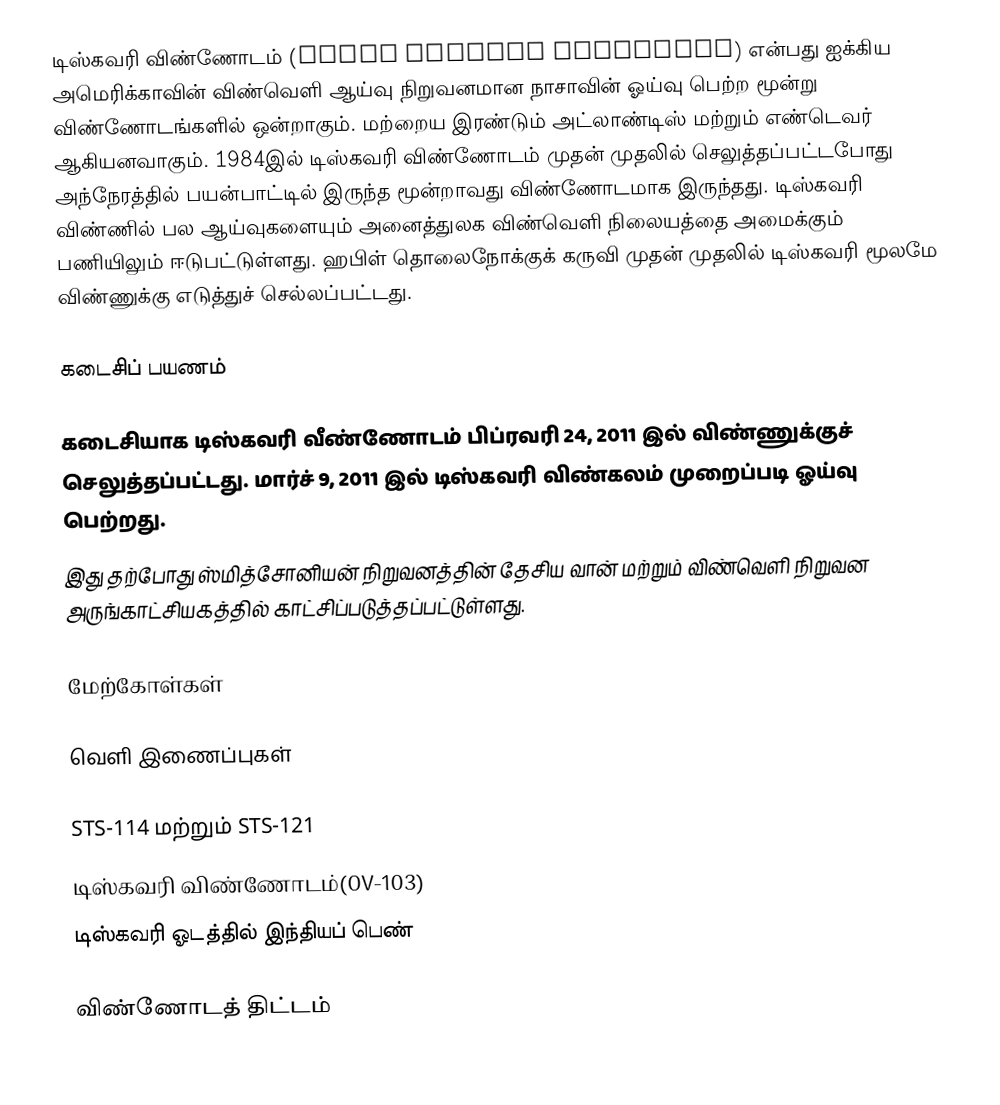
டிஸ்கவரி விண்ணோடம் (Space Shuttle Discovery) என்பது ஐக்கிய அமெரிக்காவின் விண்வெளி ஆய்வு நிறுவனமான நாசாவின் ஓய்வு பெற்ற மூன்று விண்ணோடங்களில் ஒன்றாகும். மற்றைய இரண்டும் அட்லாண்டிஸ் மற்றும் எண்டெவர் ஆகியனவாகும். 1984இல் டிஸ்கவரி விண்ணோடம் முதன் முதலில் செலுத்தப்பட்டபோது அந்நேரத்தில் பயன்பாட்டில் இருந்த மூன்றாவது விண்ணோடமாக இருந்தது. டிஸ்கவரி விண்ணில் பல ஆய்வுகளையும் அனைத்துலக விண்வெளி நிலையத்தை அமைக்கும் பணியிலும் ஈடுபட்டுள்ளது. ஹபிள் தொலைநோக்குக் கருவி முதன் முதலில் டிஸ்கவரி மூலமே விண்ணுக்கு எடுத்துச் செல்லப்பட்டது.

கடைசிப் பயணம்

கடைசியாக டிஸ்கவரி வீண்ணோடம் பிப்ரவரி 24, 2011 இல் விண்ணுக்குச் செலுத்தப்பட்டது. மார்ச் 9, 2011 இல் டிஸ்கவரி விண்கலம் முறைப்படி ஓய்வு பெற்றது.
இது தற்போது ஸ்மித்‌சோனியன் நிறுவனத்தின் தேசிய வான் மற்றும் விண்வெளி நிறுவன அருங்காட்சியகத்தில் காட்சிப்படுத்தப்பட்டுள்ளது.

மேற்கோள்கள்

வெளி இணைப்புகள்

 STS-114 மற்றும் STS-121
 டிஸ்கவரி விண்ணோடம்(OV-103)
 டிஸ்கவரி ஓடத்தில் இந்தியப் பெண்

விண்ணோடத் திட்டம்